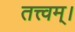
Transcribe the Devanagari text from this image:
तत्त्वम्।